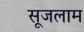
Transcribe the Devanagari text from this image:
सूजलाम